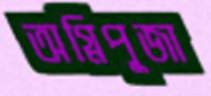
অগ্নিপূজা